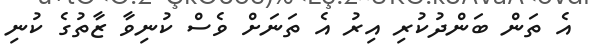
އެ ތަން ބަންދުކުރި އިރު އެ ތަނަށް ވެސް ކުނިވާ ޒާތުގެ ކުނި